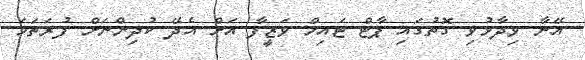
އޭނާ ވިދާޅުވި ގޮތުގައި ޕާޓް ޓައިމް ވަޒީފާ އަށް އެދޭ ކުދިންނަށް ފުރަތަމަ